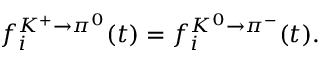
f _ { i } ^ { K ^ { + } \rightarrow \pi ^ { 0 } } ( t ) = f _ { i } ^ { K ^ { 0 } \rightarrow \pi ^ { - } } ( t ) .